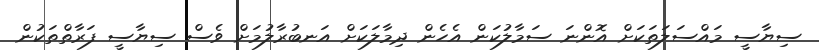
ސިޔާސީ މައްސަލަތަކަށް އޮންނަ ސަމާލުކަން އެހެން ދިމާލަކަށް އަނބުރާލުމަށް ވެސް ސިޔާސީ ފަރާތްތަކުން